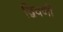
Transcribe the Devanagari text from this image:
द्विवर्णी